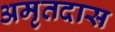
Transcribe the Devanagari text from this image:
अमृतदास